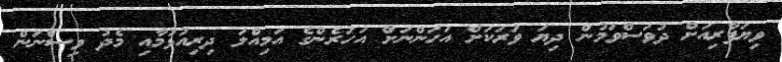
ވިޔަފާރިއަށް ދުވަސްވަމުން ދިޔަ ވަރަކަށް އަހަންނަށް އަހަރެންގެ އަމިއްލަ ދިރިއުޅުމާއި މެދު ވިސްނަން